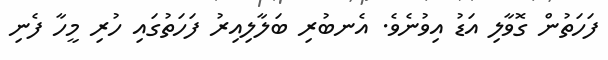
ފަހަތުން ގޮވާލި އަޑު އިވުނެވެ. އެނބުރި ބަލާލިއިރު ފަހަތުގައި ހުރި މީހާ ފެނި